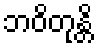
ဘဝိတုန္တိ